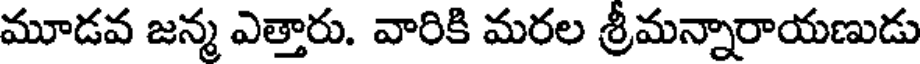
మూడవ జన్మ ఎత్తారు. వారికి మరల శ్రీమన్నారాయణుడు